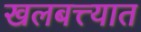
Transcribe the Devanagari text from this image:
खलबत्त्यात